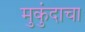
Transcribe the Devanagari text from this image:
मुकुंदाचा